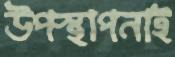
উপস্থাপনাই